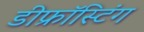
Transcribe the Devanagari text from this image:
डीफ्रॉस्टिंग